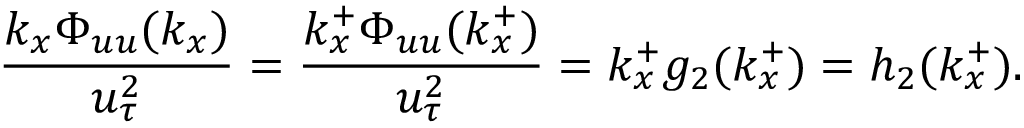
\frac { k _ { x } \Phi _ { u u } ( k _ { x } ) } { u _ { \tau } ^ { 2 } } = \frac { k _ { x } ^ { + } \Phi _ { u u } ( k _ { x } ^ { + } ) } { u _ { \tau } ^ { 2 } } = k _ { x } ^ { + } g _ { 2 } ( k _ { x } ^ { + } ) = h _ { 2 } ( k _ { x } ^ { + } ) .